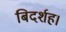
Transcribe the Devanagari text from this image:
बिदर्शह।